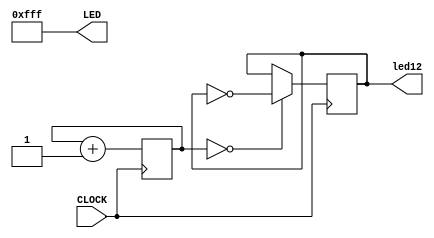
`timescale 1ns / 1ps

//handle blinking of led 12 after the 'reservoir' is filled

module blink(input CLOCK, output reg led12 = 0 , output [11:0] LED);

    assign LED = 12'b111111111111; //set the rest of led to on since it 'full'
    reg [27:0] COUNT = 28'b0;

    always @ (posedge CLOCK) begin //clock divider mth to toggle led on and off
        COUNT <= (COUNT + 1);
        led12 <= ( COUNT == 28'b0 ) ? ~led12 : led12 ;
    end
    
endmodule